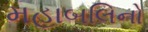
મહાબલિનો